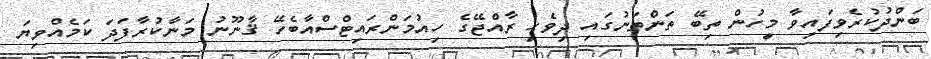
ބަންދުކުރެވިފައިވާ މީހުން ތިބޭ ތަންތަނުގައި ދިވެހި ރާއްޖޭގެ ހިއުމަންރައިޓްސްއާބެހޭ ޤާނޫނު މަނާކުރާފަދަ ކަމެއްވިޔަ